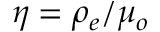
\eta = \rho _ { e } / \mu _ { o }